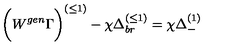
\biggl ( W ^ { g e n } \Gamma \biggr ) ^ { ( \leq 1 ) } - \chi \Delta _ { b r } ^ { ( \leq 1 ) } = \chi \Delta _ { - } ^ { ( 1 ) }